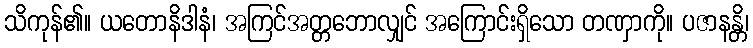
သိကုန်၏။ ယတောနိဒါနံ၊ အကြင်အတ္တဘောလျှင် အကြောင်းရှိသော တဏှာကို။ ပဇာနန္တိ၊